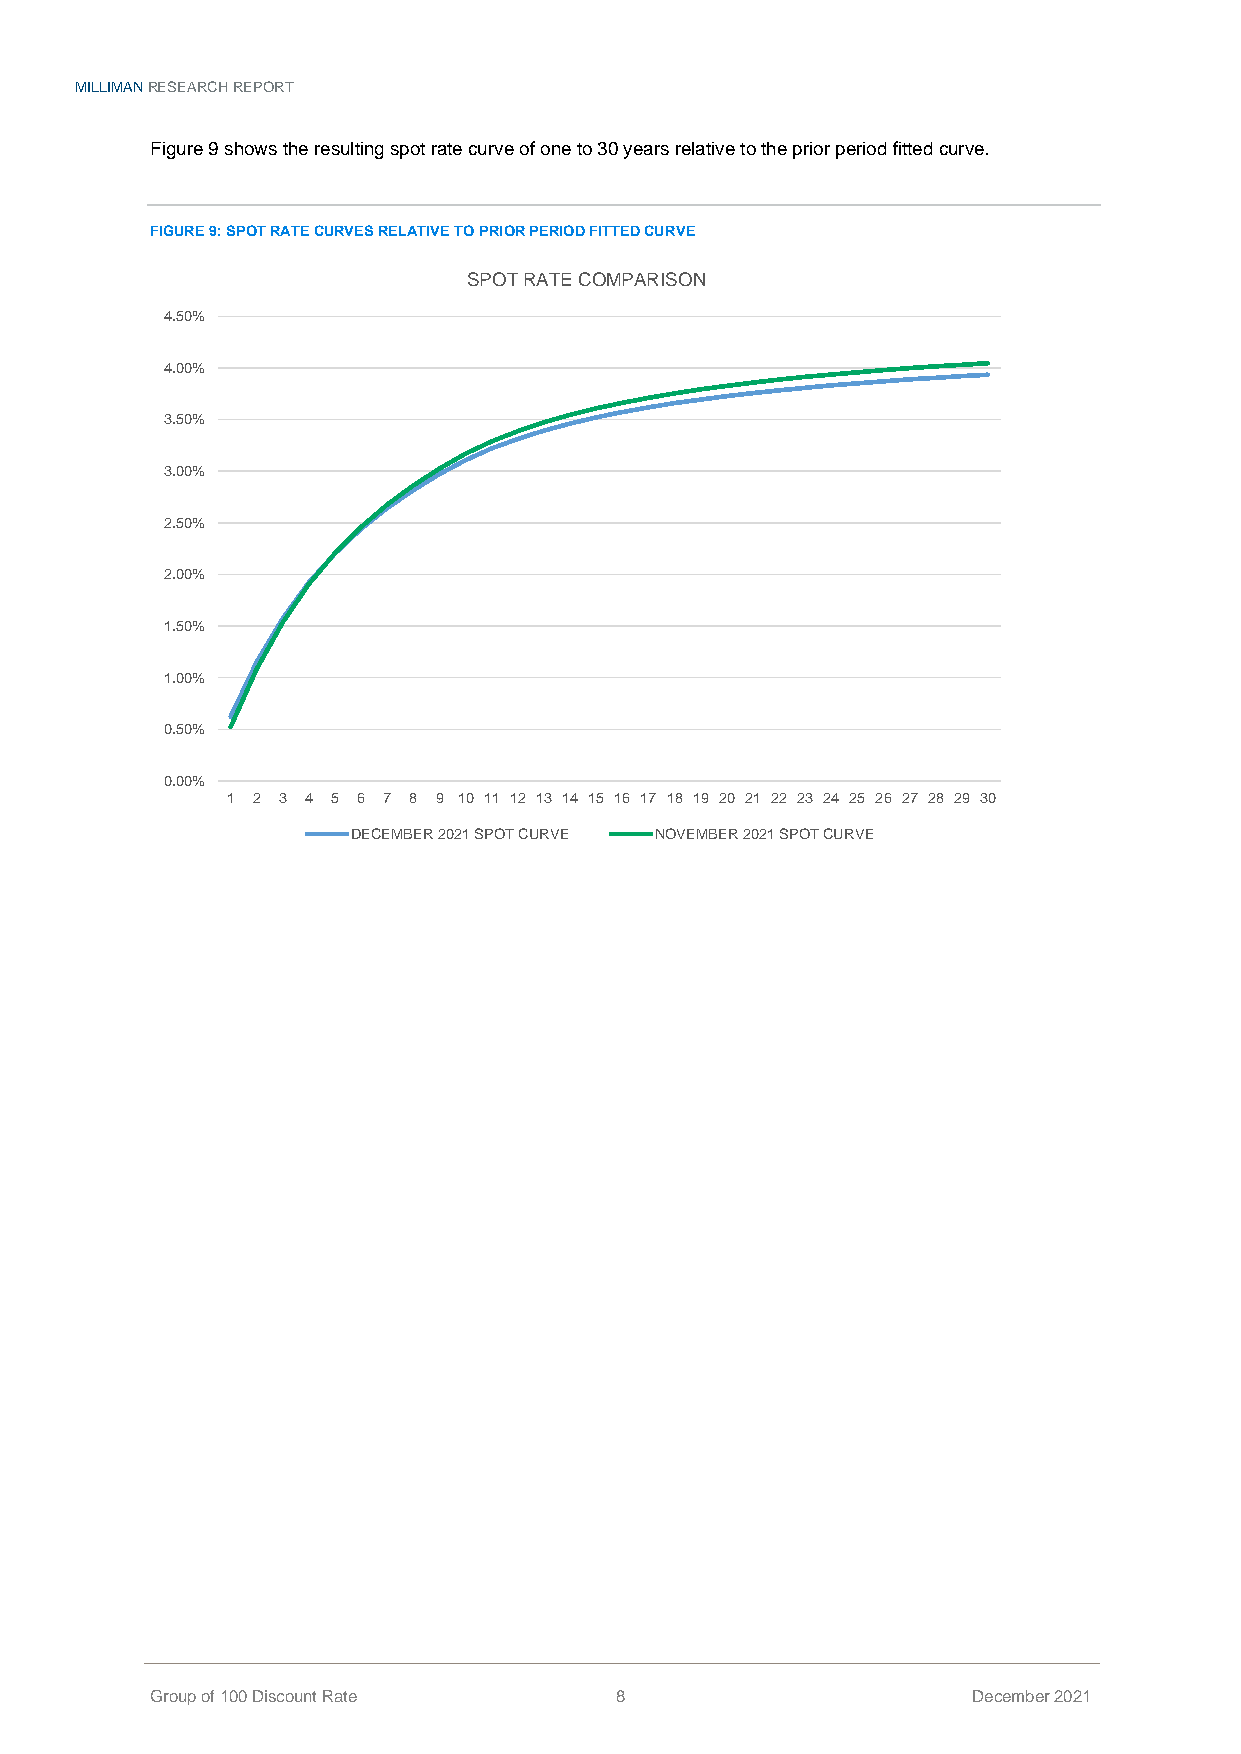
MILLIMAN RESEARCH REPORT
 Figure 9 shows the resulting spot rate curve of one to 30 years relative to the prior period fitted curve.
 FIGURE 9: SPOT RATE CURVES RELATIVE TO PRIOR PERIOD FITTED CURVE
 SPOT RATE COMPARISON
 4.50%
 4.00%
 3.50%
 3.00%
 2.50%
 2.00%
 1.50%
 1.00%
 0.50%
 0.00%
 1 2 3 4 5 6 7 8 9 10 11 12 13 14 15 16 17 18 19 20 21 22 23 24 25 26 27 28 29 30
 DECEMBER 2021 SPOT CURVE NOVEMBER 2021 SPOT CURVE
 Group of 100 Discount Rate     8                      December 2021